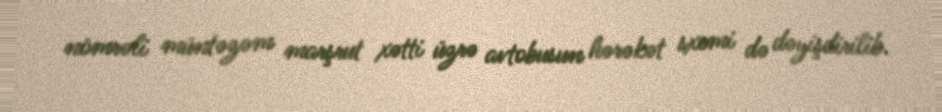
nömrəli müntəzəm marşrut xətti üzrə avtobusun hərəkət sxemi də dəyişdirilib.